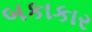
બકાકાર